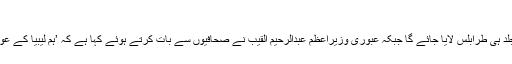
وزیراعظم لیبیا
عبوری کونسل کے وزیرِ قانون کا کہنا ہے کہ سیف الاسلام کو جلد ہی طرابلس لایا جائے گا جبکہ عبوری وزیراعظم عبدالرحیم القیب نے صحافیوں سے بات کرتے ہوئے کہا ہے کہ ’ہم لیبیا کے عوام اور دنیا کو یقین دلاتے ہیں کہ سیف الاسلام سے انصاف ہوگا‘۔